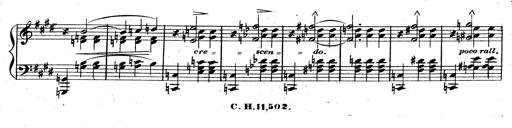
Title: 3 Caprices-Valses
Composer: Franz Liszt